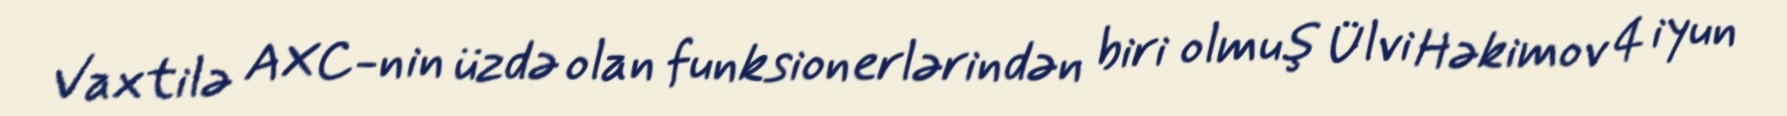
Vaxtilə AXC-nin üzdə olan funksionerlərindən biri olmuş Ülvi Həkimov 4 iyun